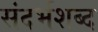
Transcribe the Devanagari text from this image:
संदर्भशब्द